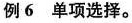
例6 单项选择.。